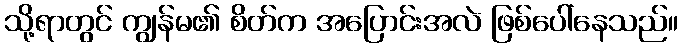
သို့ရာတွင် ကျွန်မ၏ စိတ်က အပြောင်းအလဲ ဖြစ်ပေါ်နေသည်။